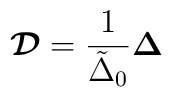
\mbox{\boldmath{${\cal D}$}}={1\over \tilde \Delta_0}\mbox{\boldmath{$\Delta$}}